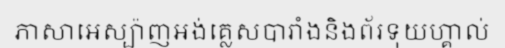
ភាសាអេស្ប៉ាញអង់គ្លេសបារាំងនិងព័រទុយហ្គាល់